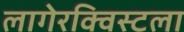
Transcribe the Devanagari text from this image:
लागेरक्विस्टला